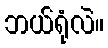
ဘယ်ရုံလဲ။